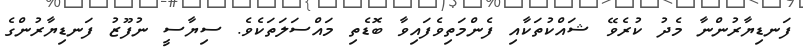
ފަނޑިޔާރުންނާ މެދު ކުރެވޭ ޝައްކުތަކާއި ފެންމަތިވެފައިވާ ބޮޑެތި މައްސަލަތަކެވެ. ސިޔާސީ ނުފޫޒު ފަނޑިޔާރުންގެ